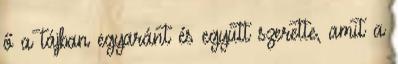
ő a tájban egyaránt és együtt szerette, amit a